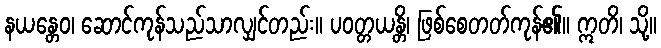
နယန္တေဝ၊ ဆောင်ကုန်သည်သာလျှင်တည်း။ ပဝတ္တယန္တိ၊ ဖြစ်စေတတ်ကုန်၏။ ဣတိ၊ သို့။